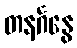
တနင်္ဂနွေ